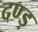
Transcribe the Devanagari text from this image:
दण्ड़